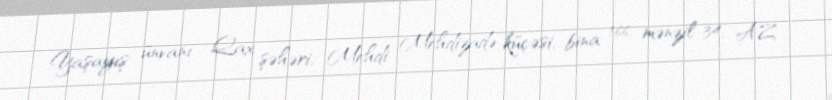
Yaşayış ünvanı - Qax şəhəri, Mehdi Mehdizadə küçəsi, bina 166, mənzil 34, AZ